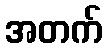
အတက်